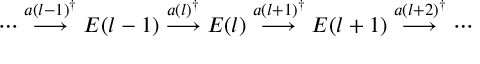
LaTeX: \cdots \stackrel { a ( l - 1 ) ^ { \dagger } } { \longrightarrow } { \cal E } ( l - 1 ) \stackrel { a ( l ) ^ { \dagger } } { \longrightarrow } { \cal E } ( l ) \stackrel { a ( l + 1 ) ^ { \dagger } } { \longrightarrow } { \cal E } ( l + 1 ) \stackrel { a ( l + 2 ) ^ { \dagger } } { \longrightarrow } \cdots